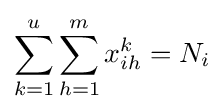
\sum _{k=1}^{u}{\sum _{h=1}^{m}{x_{ih}^{k}}}=N_{i}